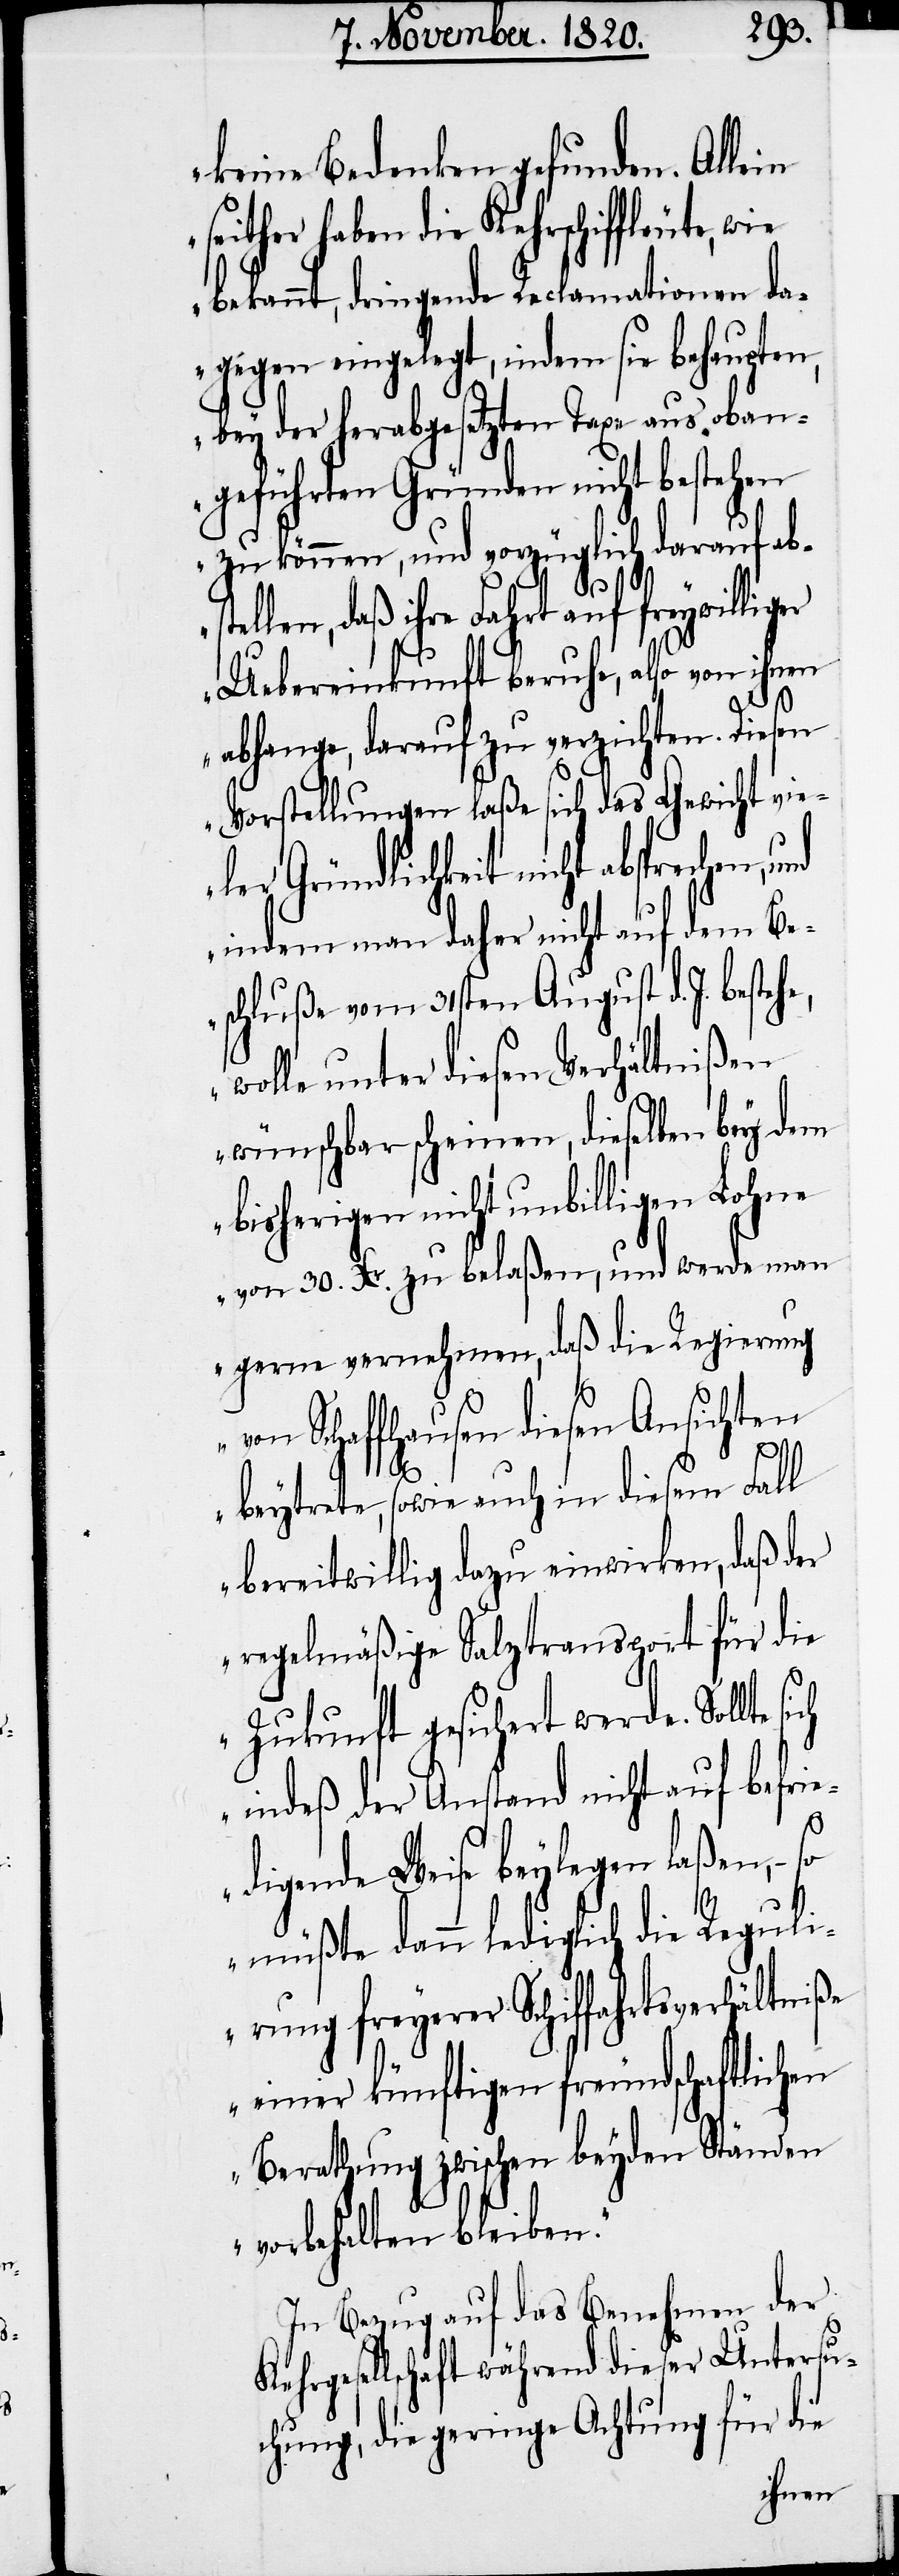
keine Bedenken gefunden. Allein
seither haben die Kehrschiffleute, wie
bekannt, dringende Reclamationen da¬
gegen eingelegt, indem sie behaupten,
bey der herabgesetzten Taxe aus oban¬
geführten Gründen nicht bestehen
zu können, und vorzüglich darauf abs¬
tellen, daß ihre Fahr auf freywilliger
Uebereinkunft beruhe, also von ihnen
abhange, darauf zu verzichten. Diesen
Vorstellungen laße sich das Gewicht vie¬
ler Gründlichkeit nicht absprechen,
indem man daher nicht auf dem Be¬
schluße vom 31sten August d. J. besteh¬
wolle unter diesen Verhältnißen
wünschbar scheinen, dieselben bey dem
bisherigen nicht unbilligen Lohne
von 30. Xr. zu belaßen, und werde man
gerne vernehmen, daß die Regierung
Ke¬
von Schaffhausen diesen Ansichten
so
beytrete, sowie auch in diesem Fall
bereitwillig dazu einwirken, daß der
regelmäßige Salztransport für die
Zukunft gesichert werde. Sollte
indeß der Anstand nicht auf befrie¬
digende Weise beylegen laßen, –
müßte dann lediglich die Reguli¬
erung freyerer Schiffahrtsverhältniße
einer künftigen freundschaftlichen
Berathung zwischen beyden Ständen
vorbehalten bleiben.“
In Bezug auf das Benehmen der
hrgesellschaft während dieser Untersu¬
chung, die geringe Achtung für die